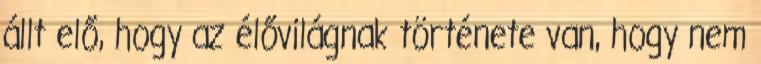
állt elő, hogy az élővilágnak története van, hogy nem